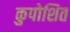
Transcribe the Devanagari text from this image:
कुपोशित